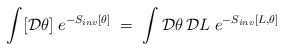
\begin{align*}\int [{\mathcal D} \theta ] \; e^{ - S_{inv}[\theta] }\;=\; \int {\mathcal D}\theta \, {\mathcal D}L \; e^{-S_{inv}[L,\theta]}\end{align*}